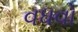
વધવો